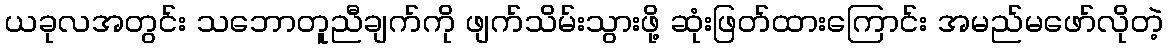
ယခုလအတွင်း သဘောတူညီချက်ကို ဖျက်သိမ်းသွားဖို့ ဆုံးဖြတ်ထားကြောင်း အမည်မဖော်လိုတဲ့